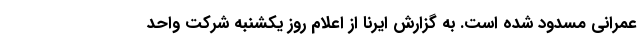
عمرانی مسدود شده است. به گزارش ایرنا از اعلام روز یکشنبه شرکت واحد